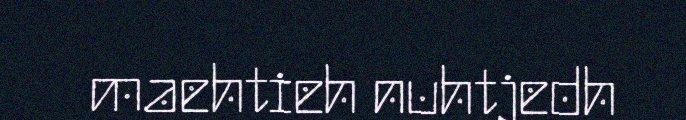
maehtieh nuhtjedh